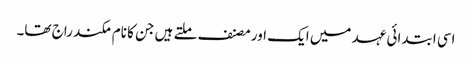
اسی ابتدائی عہد میں ایک اور مصنف ملتے ہیں جن کا نام مکند راج تھا۔